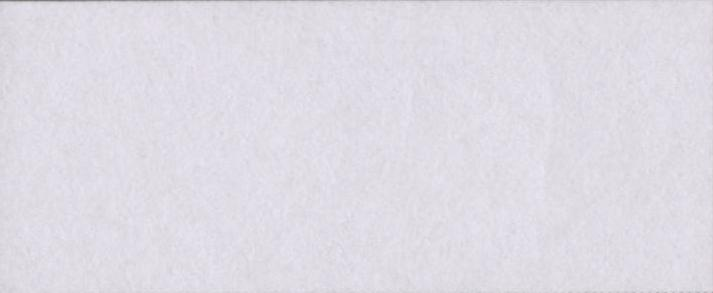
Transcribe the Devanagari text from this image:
करारों